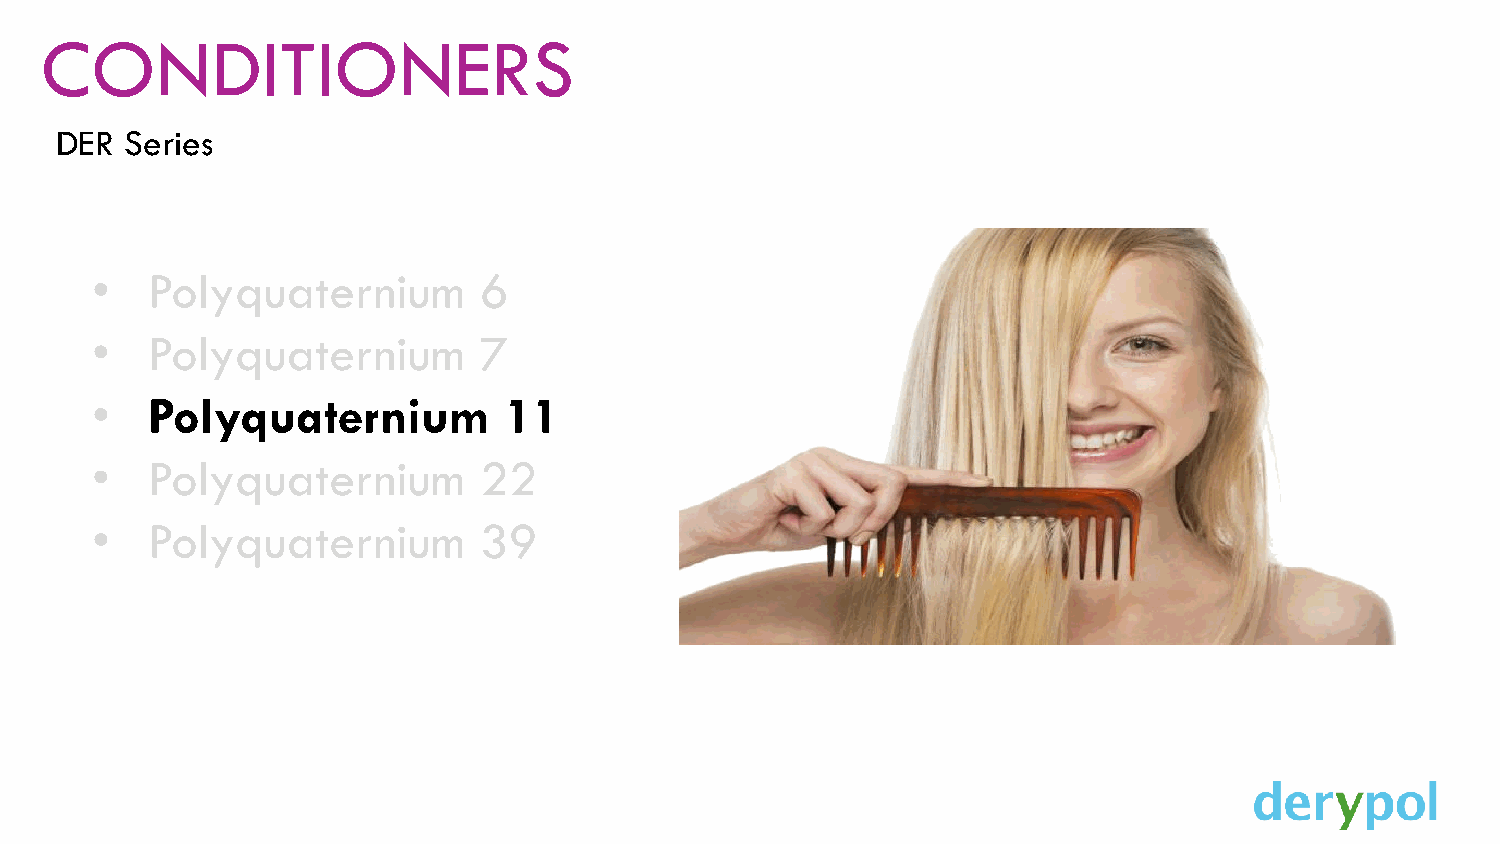
CONDITIONERS
 DER Series
 •   Polyquaternium        6
 •   Polyquaternium        7
 •   Polyquaternium         11
 •   Polyquaternium        22
 •   Polyquaternium        39